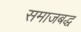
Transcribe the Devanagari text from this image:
समाजबद्ध